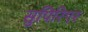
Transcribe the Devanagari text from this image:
सुपिरिएर